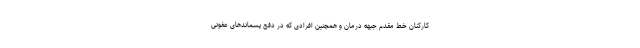
کارکنان خط مقدم جبهه درمان و همچنین افرادی که در دفع پسماندهای عفونی